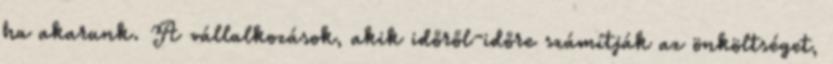
ha akarunk. A vállalkozások, akik időről-időre számítják az önköltséget,